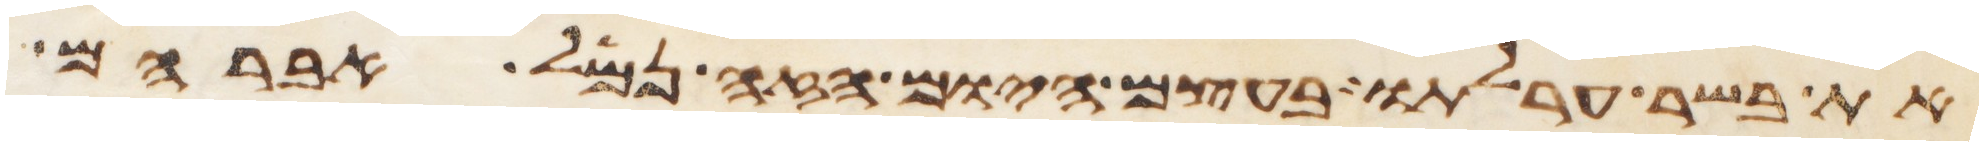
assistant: את בשר ערלתו בעצם היום הזה נמל אברהם